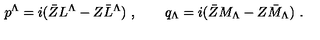
p ^ { \Lambda } = i ( \bar { Z } L ^ { \Lambda } - Z \bar { L } ^ { \Lambda } ) \ , \qquad q _ { \Lambda } = i ( \bar { Z } M _ { \Lambda } - Z \bar { M } _ { \Lambda } ) \ .